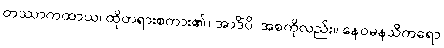
တဿာကထာယ၊ ထိုတရားစကား၏။ အာဒိံပိ၊ အစကိုလည်း။ နေဝမနသိကရော